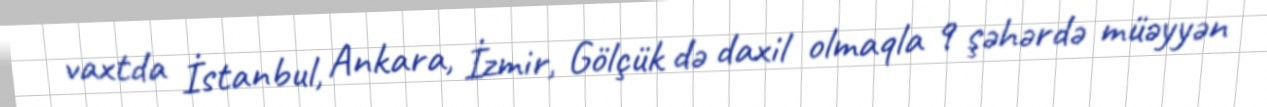
vaxtda İstanbul, Ankara, İzmir, Gölçük də daxil olmaqla 9 şəhərdə müəyyən